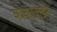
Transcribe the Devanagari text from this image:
कोकावाइन